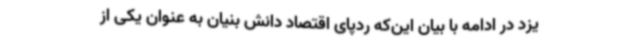
یزد در ادامه با بیان این‌که ردپای اقتصاد دانش بنیان به عنوان یکی از